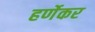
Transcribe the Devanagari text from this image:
हर्णेकर